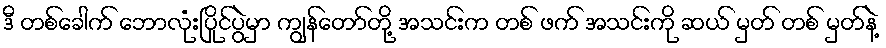
ဒီ တစ်ခေါက် ဘောလုံးပြိုင်ပွဲမှာ ကျွန်တော်တို့ အသင်းက တစ် ဖက် အသင်းကို ဆယ် မှတ် တစ် မှတ်နဲ့